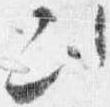
次